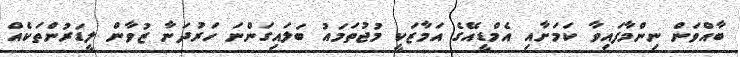
ބާއްވަން ނިންމާފައިވާ ކަމަށާއި އެމްޑީއޭގެ އަމާޒަކީ މުޖުތަމައު ބަލައިގަންނަ ހަރުދަނާ ޒުވާން ލީޑަރުންތަކެއް